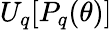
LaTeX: U_{q}[P_{q}(\theta)]